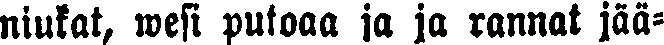
niukat, wesi putoaa ja ja rannat jää-